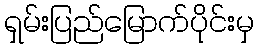
ရှမ်းပြည်မြောက်ပိုင်းမှ